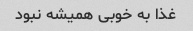
غذا به خوبی همیشه نبود